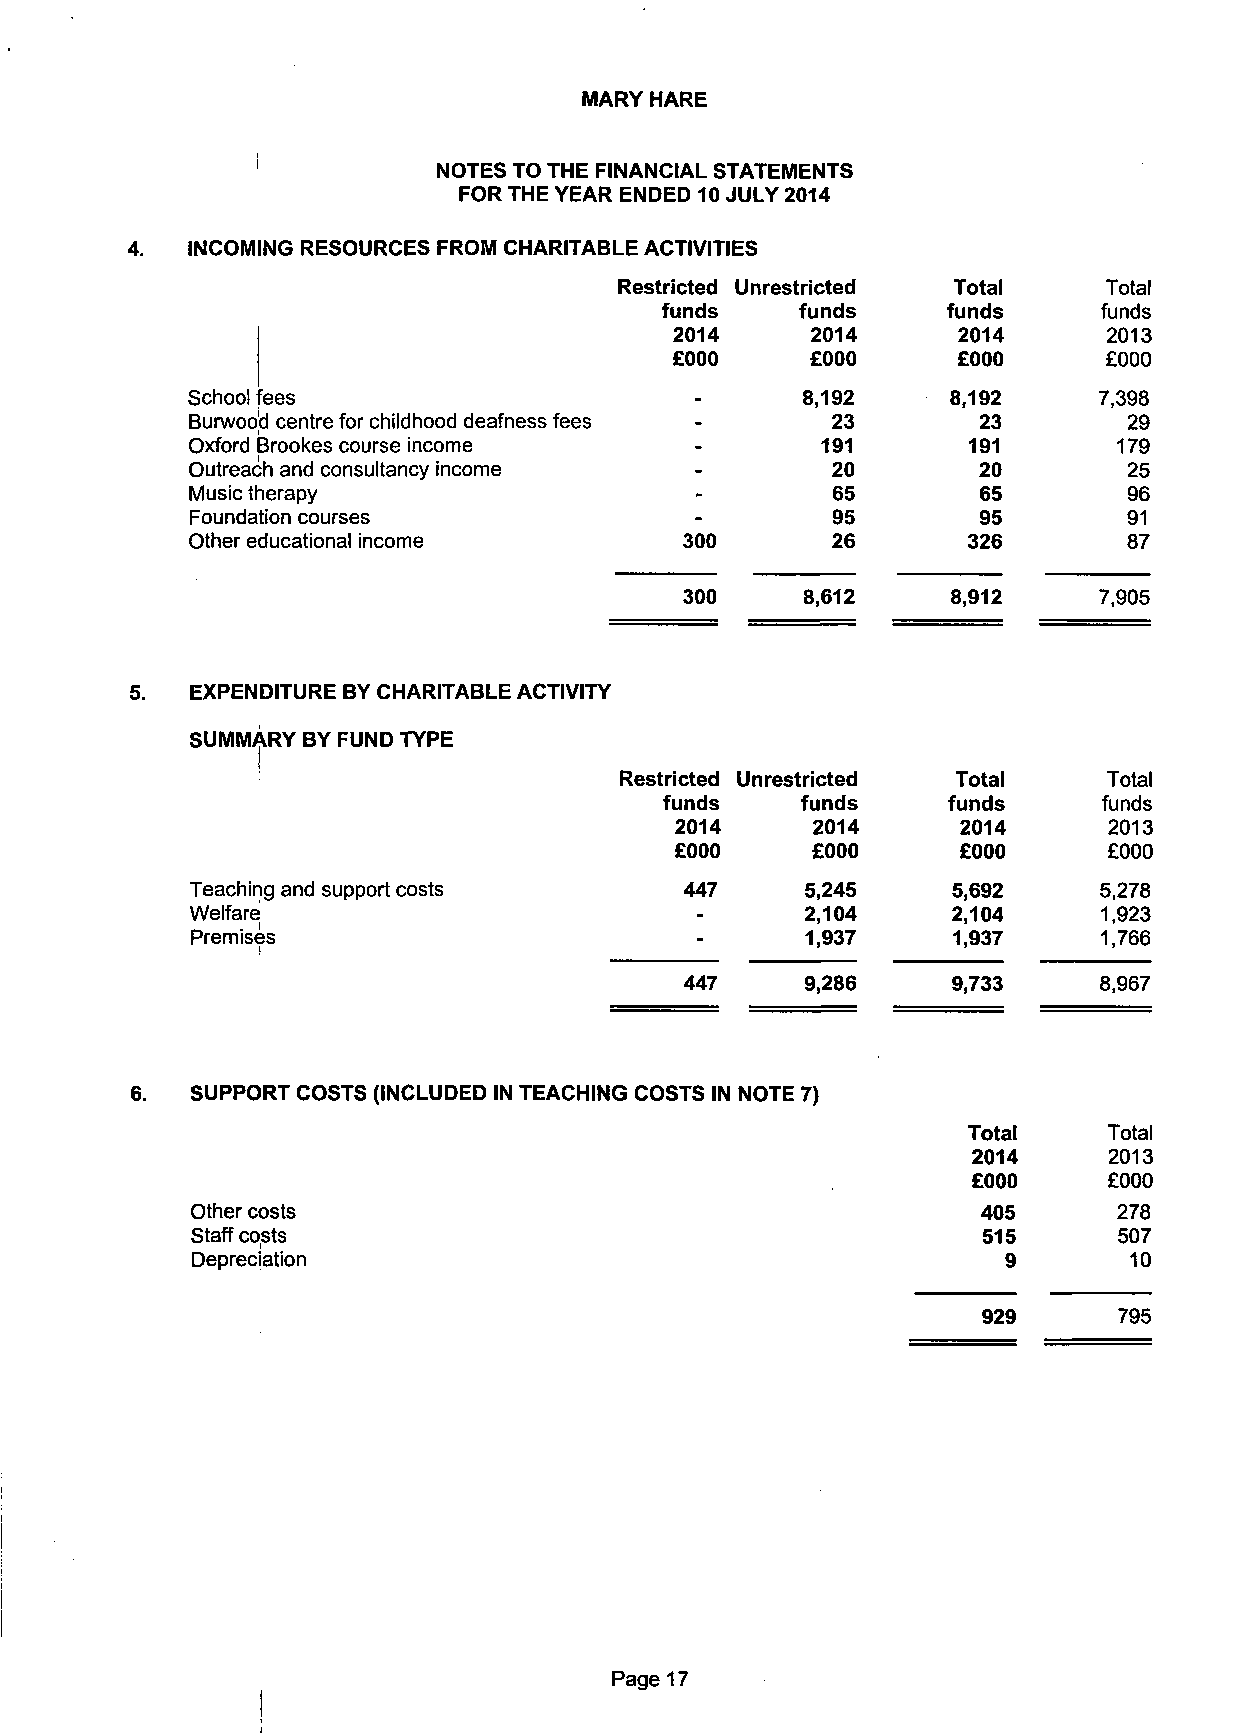
MARY HARE
 NOTES TO THE FINANCIAL STATEMENTS
 FOR THE YEAR ENDED 10 JULY 2014
 INCOMING RESOURCES FROM CHARITABLE ACTIVITIES
 Restricted Unrestricted Total   Total
 funds    funds     funds     funds
 2014     2014     2014      2013
 £000      £000     £000      £000
 School Fees                       _      8,192     8,192     7,398
 Burwoocl centre for childhood deafness fees - 23    23        29
 Oxford Brookes course income      -       191       191       179
 Outreach and consultancy income   -        20        20        25
 Music therapy                    -        65        65        96
 Foundation courses               -        95        95        91
 Other educational income         300       26       326        87
 300     8,612     8,912     7,905
 EXPENDITURE BY CHARITABLE ACTIVITY
 SUMMARY BY FUND TYPE
 Restricted Unrestricted Total   Total
 funds    funds     funds     funds
 2014     2014      2014     2013
 £000     £000     £000      £000
 Teaching and support costs      447     5,245     5,692     5,278
 Welfare                          -      2,104     2,104     1,923
 Premises                         -      1,937     1,937     1,766
 447     9,286     9,733     8,967
 6.  SUPPORT COSTS (INCLUDED IN TEACHING COSTS IN NOTE 7)
 Total    Total
 2014     2013
 £000     £000
 Other costs                                         405      278
 Staff costs                                         515      507
 Depreciation                                          9       10
 929      795
 Page 17